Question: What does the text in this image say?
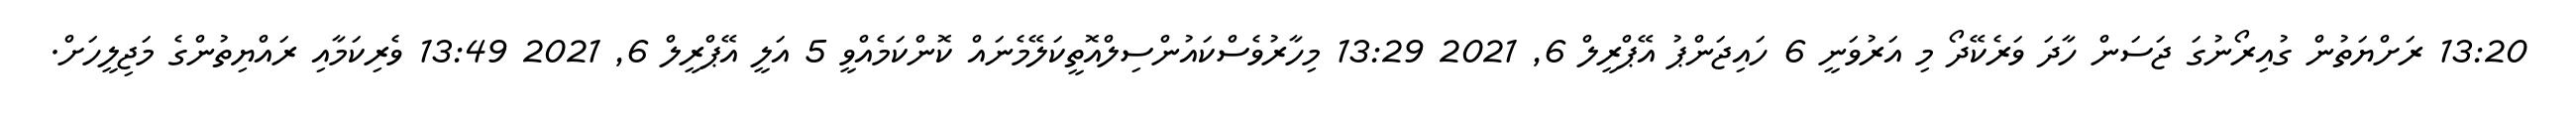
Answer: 13:20 ރަށްޔަތުން ގުއިރޯނުގަ ޖަސަން ހާދަ ވަރެކޭދޯ މި އަރުވަނީ 6 ހައިޖަންޕު އޭޕްރީލް 6, 2021 13:29 މިހާރުވެސްކައުންސިލްއޮތީކަލޭމެނައް ކޮންކަމެއްވީ 5 އަލީ އޭޕްރީލް 6, 2021 13:49 ވެރިކަމާއި ރައްޔިތުންގެ މަޖިލީހަށް.